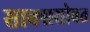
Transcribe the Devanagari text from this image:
साक्ससोबत